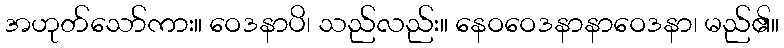
အဟုတ်သော်ကား။ ဝေဒနာပိ၊ သည်လည်း။ နေဝဝေဒနာနာဝေဒနာ၊ မည်၏။